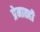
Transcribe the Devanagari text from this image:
प्रेमातही